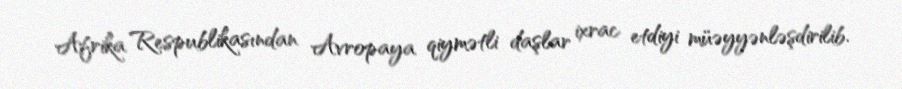
Afrika Respublikasından Avropaya qiymətli daşlar ixrac etdiyi müəyyənləşdirilib.